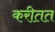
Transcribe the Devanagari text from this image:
करीतत